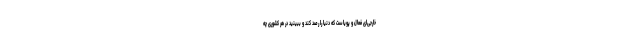
خارجی‌ای فعال و پویاست که دنیا را رصد کند و ببینید در هر کشوری چه